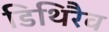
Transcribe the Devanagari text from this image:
डिथिरैव